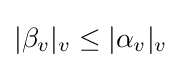
|\beta _{v}|_{v}\leq |\alpha _{v}|_{v}